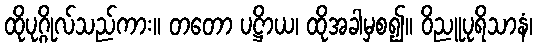
ထိုပုဂ္ဂိုလ်သည်ကား။ တတော ပဋ္ဌိာယ၊ ထိုအခါမှစ၍။ ဝိညူပုရိသာနံ၊